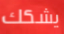
يشكك